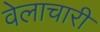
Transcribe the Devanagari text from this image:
वेलाचारी